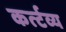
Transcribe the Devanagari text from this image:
कर्त्टव्य